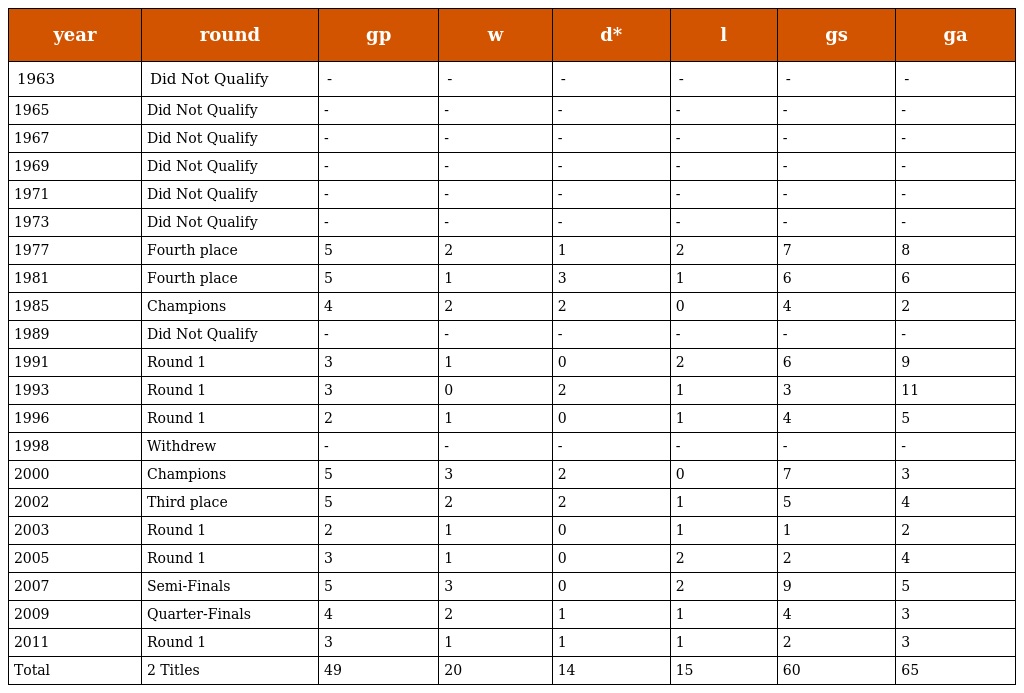
| year | round | gp | w | d* | l | gs | ga |
 | --- | --- | --- | --- | --- | --- | --- | --- |
 | 1963 | Did Not Qualify | - | - | - | - | - | - |
 | 1965 | Did Not Qualify | - | - | - | - | - | - |
 | 1967 | Did Not Qualify | - | - | - | - | - | - |
 | 1969 | Did Not Qualify | - | - | - | - | - | - |
 | 1971 | Did Not Qualify | - | - | - | - | - | - |
 | 1973 | Did Not Qualify | - | - | - | - | - | - |
 | 1977 | Fourth place | 5 | 2 | 1 | 2 | 7 | 8 |
 | 1981 | Fourth place | 5 | 1 | 3 | 1 | 6 | 6 |
 | 1985 | Champions | 4 | 2 | 2 | 0 | 4 | 2 |
 | 1989 | Did Not Qualify | - | - | - | - | - | - |
 | 1991 | Round 1 | 3 | 1 | 0 | 2 | 6 | 9 |
 | 1993 | Round 1 | 3 | 0 | 2 | 1 | 3 | 11 |
 | 1996 | Round 1 | 2 | 1 | 0 | 1 | 4 | 5 |
 | 1998 | Withdrew | - | - | - | - | - | - |
 | 2000 | Champions | 5 | 3 | 2 | 0 | 7 | 3 |
 | 2002 | Third place | 5 | 2 | 2 | 1 | 5 | 4 |
 | 2003 | Round 1 | 2 | 1 | 0 | 1 | 1 | 2 |
 | 2005 | Round 1 | 3 | 1 | 0 | 2 | 2 | 4 |
 | 2007 | Semi-Finals | 5 | 3 | 0 | 2 | 9 | 5 |
 | 2009 | Quarter-Finals | 4 | 2 | 1 | 1 | 4 | 3 |
 | 2011 | Round 1 | 3 | 1 | 1 | 1 | 2 | 3 |
 | Total | 2 Titles | 49 | 20 | 14 | 15 | 60 | 65 |